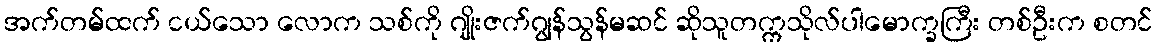
အက်တမ်ထက် ငယ်သော လောက သစ်ကို ဂျိုးဇက်ဂျွန်သွန်မဆင် ဆိုသူတက္ကသိုလ်ပါမောက္ခကြီး တစ်ဦးက စတင်